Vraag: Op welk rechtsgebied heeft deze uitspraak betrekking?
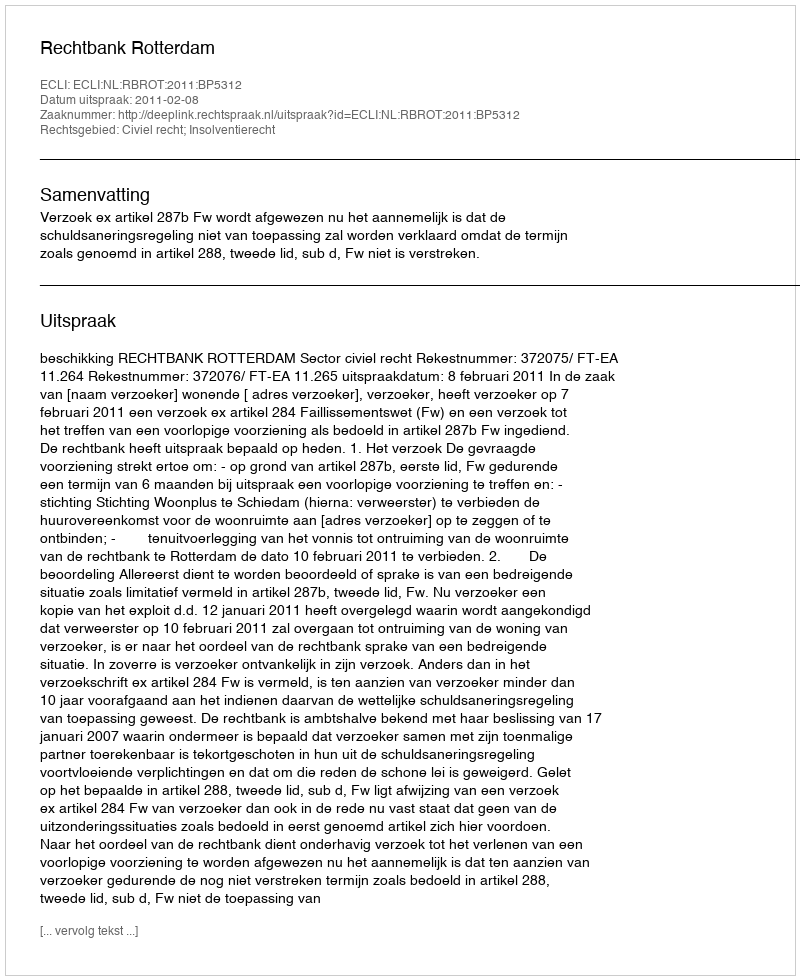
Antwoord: Civiel recht; Insolventierecht